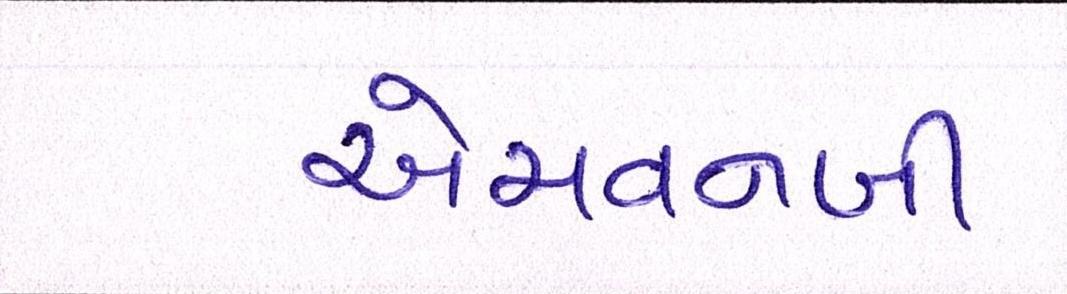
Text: એચવનબી